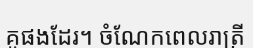
គូផងដែរ។ ចំណែកពេលរាត្រី